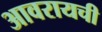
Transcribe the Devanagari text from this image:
आवरायची